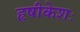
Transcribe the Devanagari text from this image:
हृषीकेशः